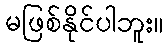
မဖြစ်နိုင်ပါဘူး။